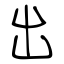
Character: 出